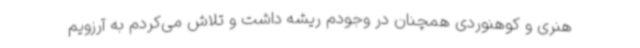
هنری و کوهنوردی همچنان در وجودم ریشه داشت و تلاش می‌کردم به آرزویم